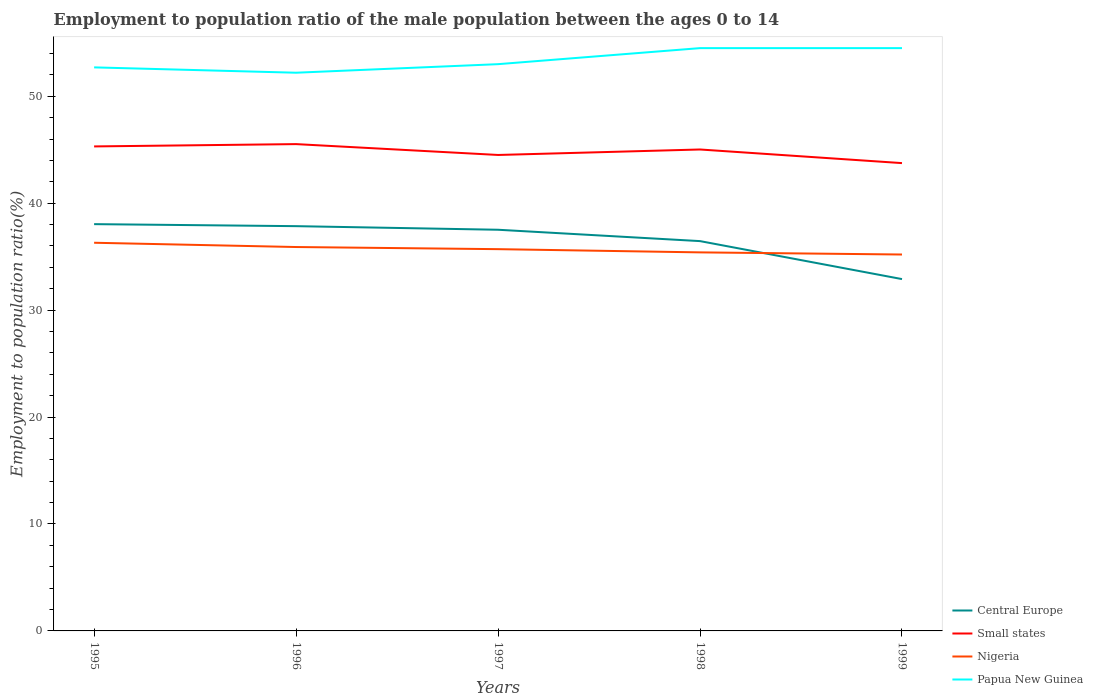
| Years | Central Europe | Small states | Nigeria | Papua New Guinea |
 | --- | --- | --- | --- | --- |
 | 1995 | 38 | 45.3 | 36.3 | 52.7 |
 | 1996 | 37.9 | 45.5 | 35.9 | 52.2 |
 | 1997 | 37.5 | 44.5 | 35.7 | 53 |
 | 1998 | 36.5 | 45 | 35.4 | 54.5 |
 | 1999 | 32.9 | 43.7 | 35.2 | 54.5 |